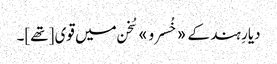
دیارِ ہند کے «خُسرو» سُخن میں قوی [تھے]۔